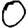
Digit: 0